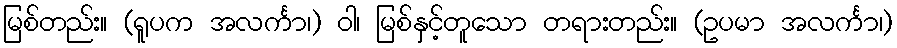
မြစ်တည်း။ (ရူပက အလင်္ကာ၊) ဝါ၊ မြစ်နှင့်တူသော တရားတည်း။ (ဥပမာ အလင်္ကာ၊)